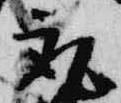
取